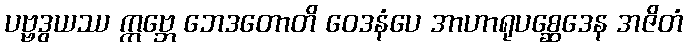
ပဗ္ဗဒွယဿ ဣဗ္ဘေ ဘေဒတောတိ ဝေဒနံပေ အာဟာရုပစ္ဆေဒေန အဇိတံ